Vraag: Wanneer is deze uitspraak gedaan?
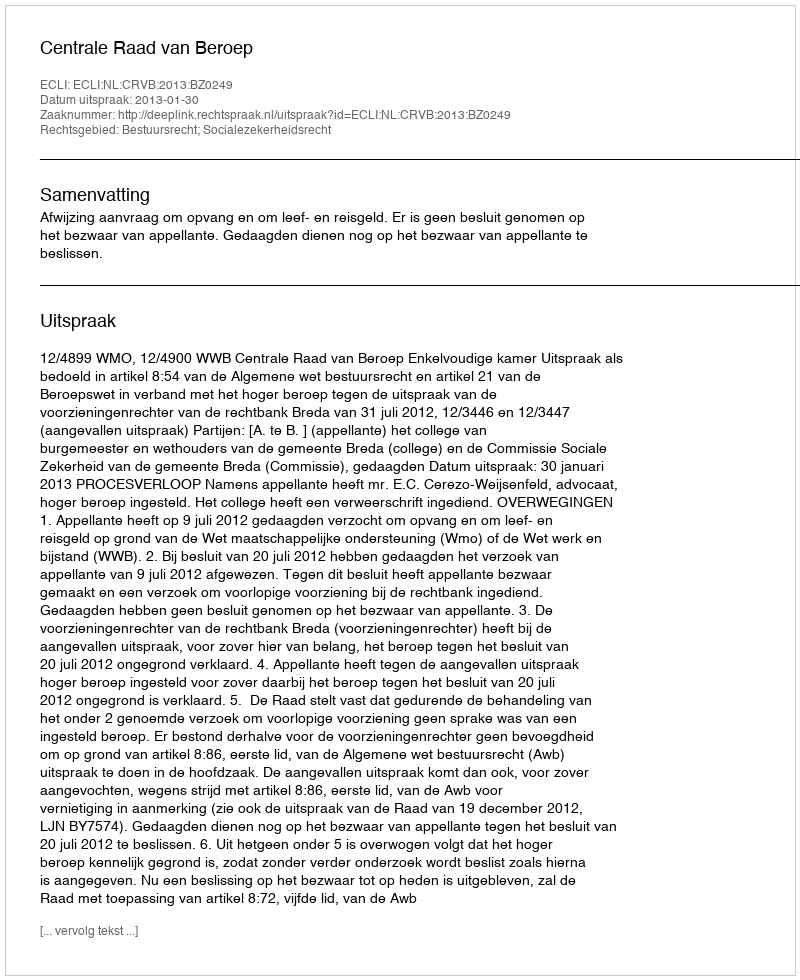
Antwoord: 2013-01-30